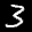
Label: 3